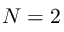
N = 2